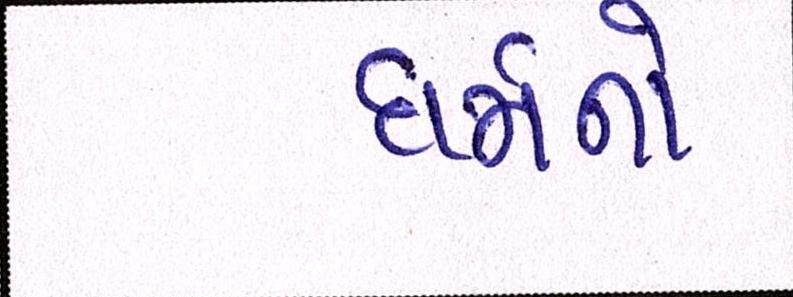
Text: ધર્મનો